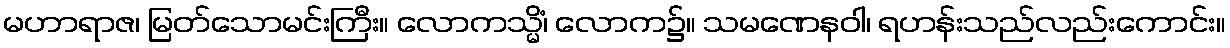
မဟာရာဇ၊ မြတ်သောမင်းကြီး။ လောကသ္မိံ၊ လောက၌။ သမဏေနဝါ၊ ရဟန်းသည်လည်းကောင်း။